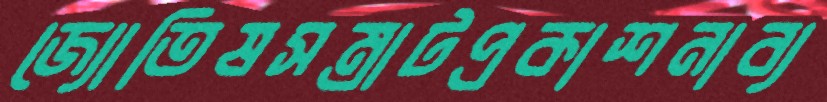
জ্যোতিষসম্রাটপ্রকাশনাব্য